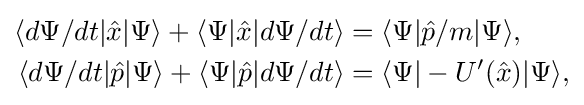
{\begin{aligned}\langle d\Psi /dt|{\hat {x}}|\Psi \rangle +\langle \Psi |{\hat {x}}|d\Psi /dt\rangle &=\langle \Psi |{\hat {p}}/m|\Psi \rangle ,\\\langle d\Psi /dt|{\hat {p}}|\Psi \rangle +\langle \Psi |{\hat {p}}|d\Psi /dt\rangle &=\langle \Psi |-U'({\hat {x}})|\Psi \rangle ,\end{aligned}}